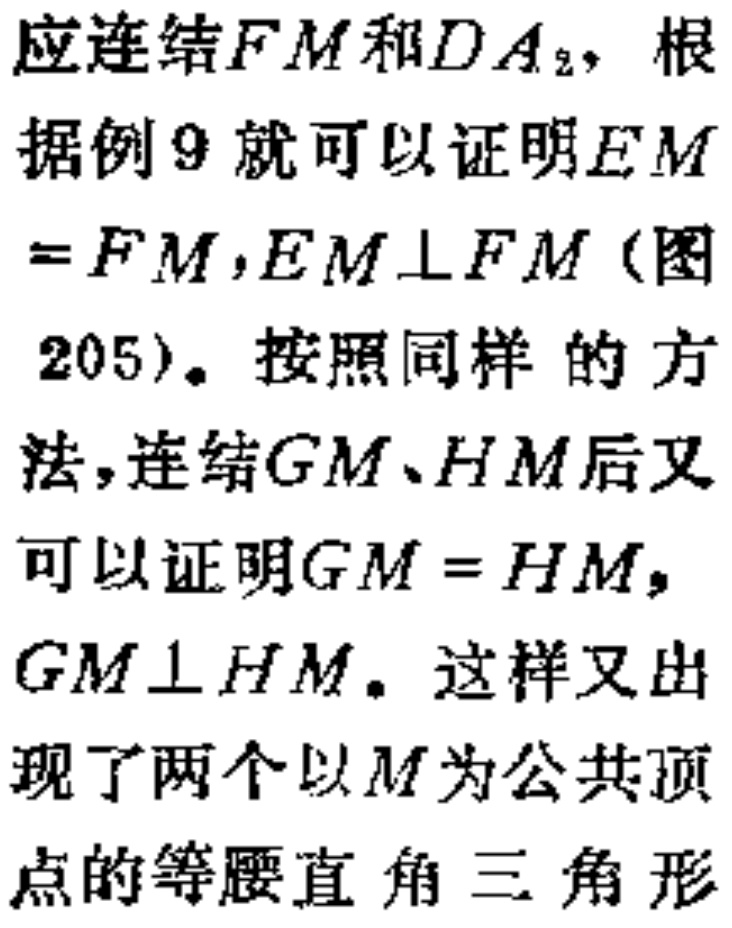
应连结\(FM\)和\(DA_{2}\)，根据例9就可以证明\(EM = FM\)，\(EM\perp FM\)（图205）。按照同样的方法，连结\(GM\)、\(HM\)后又可以证明\(GM = HM\)，\(GM\perp HM\)。这样又出现了两个以\(M\)为公共顶点的等腰直角三角形